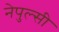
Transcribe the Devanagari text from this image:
नेपुल्सी